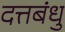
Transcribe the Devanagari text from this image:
दत्तबंधु